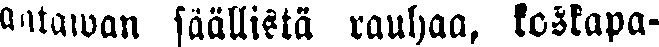
Antawan säällista rauhaa, koskapa-